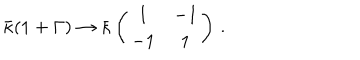
LaTeX: \bar { \kappa } ( 1 + \Gamma ) \to \bar { \kappa } \left( \begin{array} { c c } { { 1 } } & { { - 1 } } \\ { { - 1 } } & { { 1 } } \\ \end{array} \right) \, .